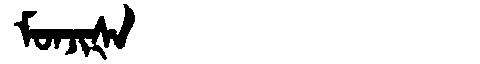
Manchu: ᠮᠣᠨᠵᡳᡧᠠ
Romanization: MONJIŠA